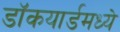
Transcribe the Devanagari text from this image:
डॉकयार्डमध्ये